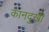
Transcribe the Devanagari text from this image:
कानदुखी